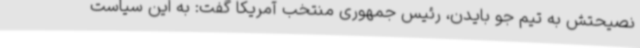
نصیحتش به تیم جو بایدن، رئیس جمهوری منتخب آمریکا گفت: به این سیاست